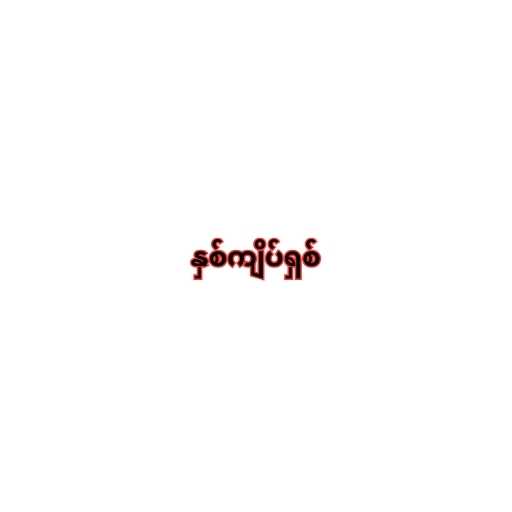
နှစ်ကျိပ်ရှစ်